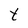
Character: t